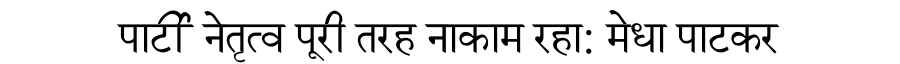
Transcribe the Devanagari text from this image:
पार्टी नेतृत्व पूरी तरह नाकाम रहा: मेधा पाटकर